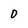
Character: 0